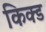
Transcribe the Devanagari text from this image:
किक्ड